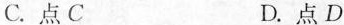
C.点C D.点D